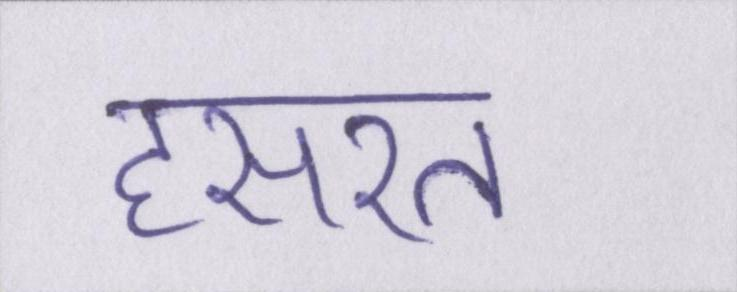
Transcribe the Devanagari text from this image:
हसरत